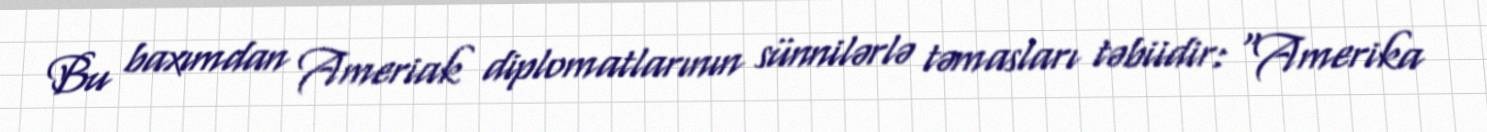
Bu baxımdan Ameriak diplomatlarının sünnilərlə təmasları təbiidir: “Amerika